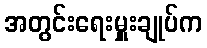
အတွင်းရေးမှူးချုပ်က